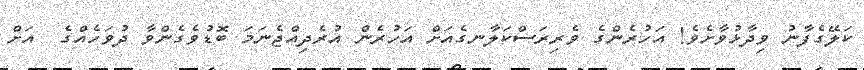
ކަލޭގެފާނު ވިދާޅުވާށެވެ! އަހުރެންގެ ވެރިރަސްކަލާނގެއަށް އަހުރެން އުރެދިއްޖެނަމަ ބޮޑުވެގެންވާ ދުވަހެއްގެ  އަށް